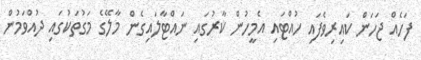
ފަހެއް ޖަހަން ކައިރިވެފައި ހުއްޓައި އެމީހުން ކާރުގައި ނައްޓާލައިގެން މާލޭގެ މަގުތަކުގައި ދުއްވަމުން